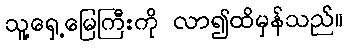
သူ့ရှေ့မြေကြီးကို လာ၍ထိမှန်သည်။